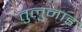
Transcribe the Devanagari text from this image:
तुलुनाड